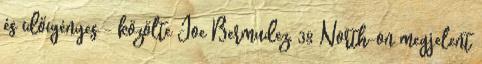
és időigényes - közölte Joe Bermudez, 38 North-on megjelent